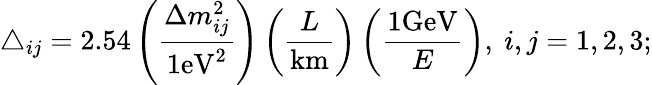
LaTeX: \triangle_{ij}=2.54\left(\frac{\Delta m_{ij}^{2}}{1\mathrm{eV}^{2}}\right)\left(\frac{L}{\mathrm{km}}\right)\left(\frac{1\mathrm{GeV}}{E}\right),~i,j=1,2,3;